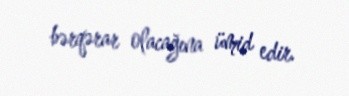
bərqərar olacağına ümid edir.